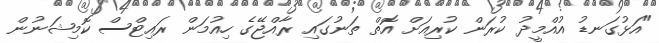
"އަޅުގަނޑު އުއްމީދު ކުރަން ކުރިއަށް އޮތް ތަނުގައި ރާއްޖޭގެ ހިއުމަން ރައިޓްސް ކޮމިޝަނުން